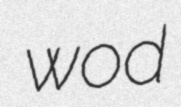
wod